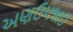
અણઉપજાઉ